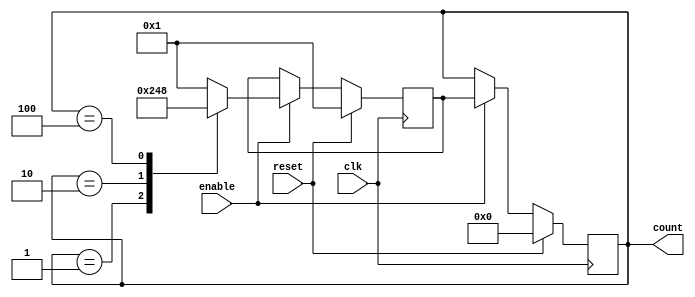
module johnson_counter_divider (
  input wire clk,
  input wire reset,
  input wire enable,
  output reg [3:0] count
);

reg [3:0] next_count;

always @(posedge clk) begin
  if (reset) begin
    count <= 0;
  end else if (enable) begin
    count <= next_count;
  end
end

always @(posedge clk) begin
  if (reset) begin
    next_count <= 4'b0001;
  end else if (enable) begin
    case (count)
      4'b0001: next_count <= 4'b0010;
      4'b0010: next_count <= 4'b0100;
      4'b0100: next_count <= 4'b1000;
      4'b1000: next_count <= 4'b0001;
      default: next_count <= 4'b0001;
    endcase
  end
end

endmodule